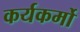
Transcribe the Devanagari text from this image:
कर्यकर्मो